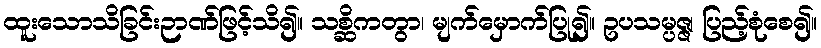
ထူးသောသိခြင်းဉာဏ်ဖြင့်သိ၍။ သစ္ဆိကတွာ၊ မျက်မှောက်ပြု၍။ ဥပသမ္ပဇ္ဇ၊ ပြည့်စုံစေ၍။